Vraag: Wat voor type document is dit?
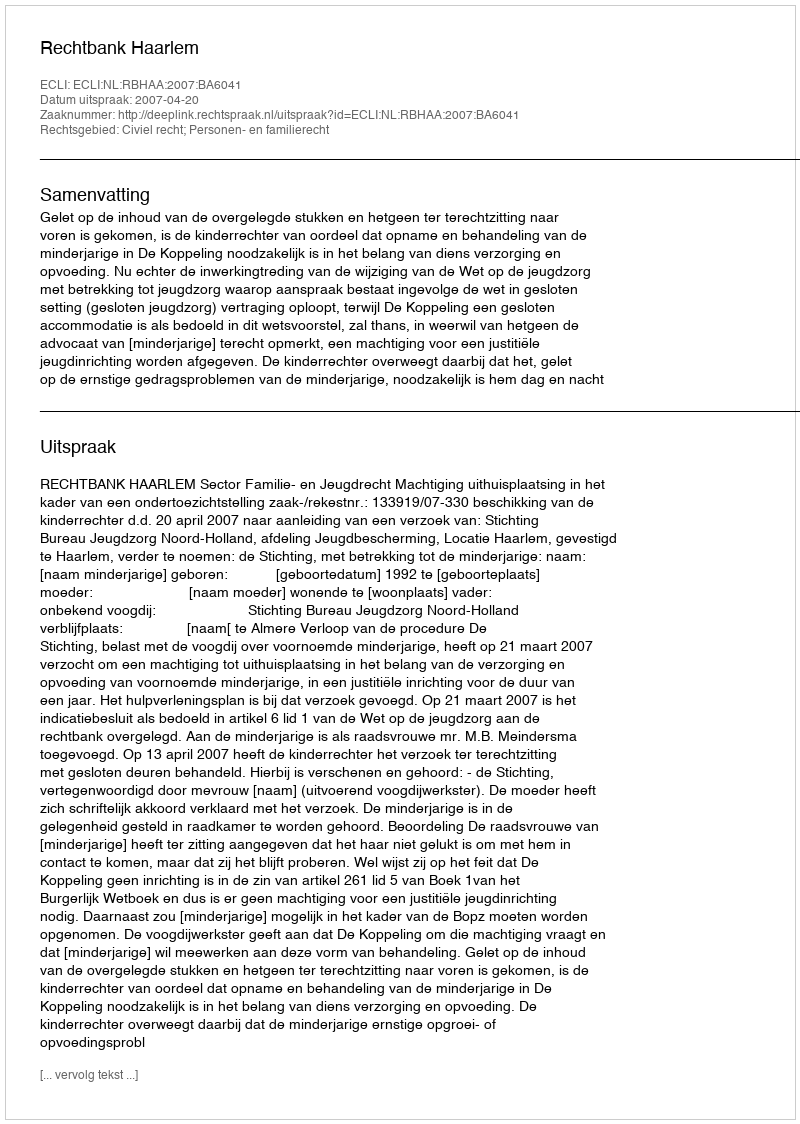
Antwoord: Uitspraak